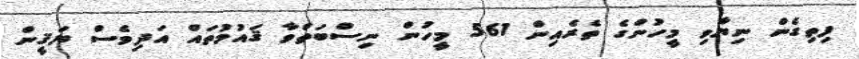
ފިތިގެން ނިޔާވި މީހުންގެ ތެރެއިން 561 މީހުން ނިސްބަތްވާ ޤައުމުތައް އަދިވެސް ޔަޤީން